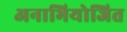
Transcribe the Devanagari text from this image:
अनाभियोजित